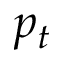
p _ { t }